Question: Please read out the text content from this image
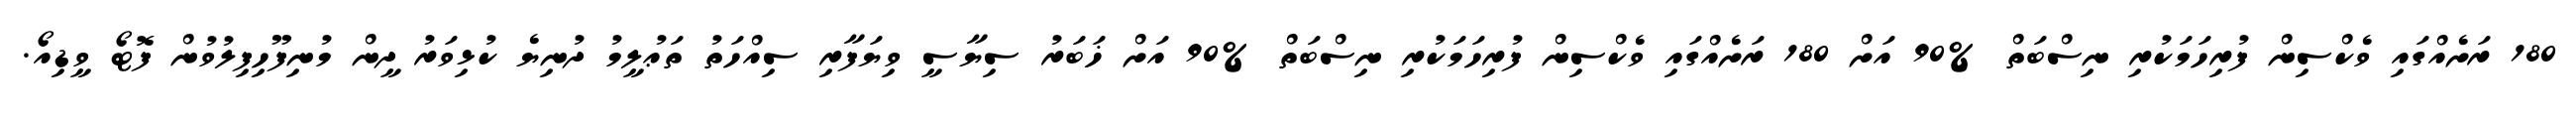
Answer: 180 ރަށެއްގައި ވެކްސިން ފުރިހަމަކުރި ނިސްބަތް %90 އަށް 180 ރަށެއްގައި ވެކްސިން ފުރިހަމަކުރި ނިސްބަތް %90 އަށް ޚަބަރު ސިޔާސީ ވިޔަފާރި ސިއްހަތު ތަޢުލީމު ދުނިޔެ ކުޅިވަރު ދީން މުނިފޫހިފިލުވުން ފޮޓޯ ވީޑިއޯ.